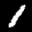
Label: 1